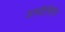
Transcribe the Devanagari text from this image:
हाथीसिंह